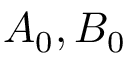
A _ { 0 } , B _ { 0 }